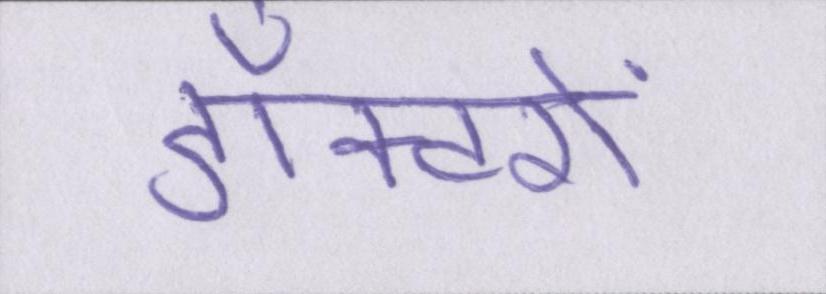
डॉक्टरों